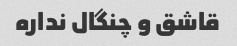
قاشق و چنگال نداره